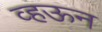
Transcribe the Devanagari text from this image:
व्हऊन